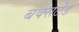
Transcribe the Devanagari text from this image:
बक्सटेड